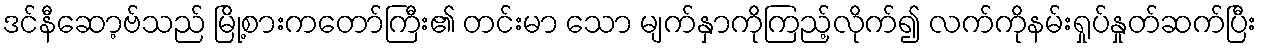
ဒင်နီဆော့ဗ်သည် မြို့စားကတော်ကြီး၏ တင်းမာ သော မျက်နှာကိုကြည့်လိုက်၍ လက်ကိုနမ်းရှုပ်နှုတ်ဆက်ပြီး